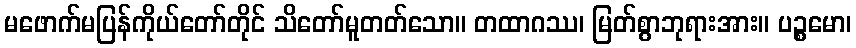
မဖောက်မပြန်ကိုယ်တော်တိုင် သိတော်မူတတ်သော။ တထာဂဿ၊ မြတ်စွာဘုရားအား။ ပဉ္စမော၊